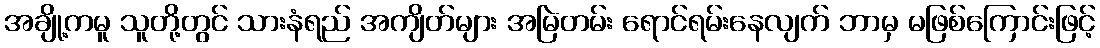
အချို့ကမူ သူတို့တွင် သားနံရည် အကျိတ်များ အမြဲတမ်း ရောင်ရမ်းနေလျက် ဘာမှ မဖြစ်ကြောင်းဖြင့်